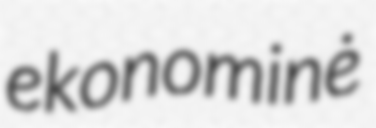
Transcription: ekonominė